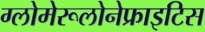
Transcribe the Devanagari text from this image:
ग्लोमेरूलोनेफ्राइटिस